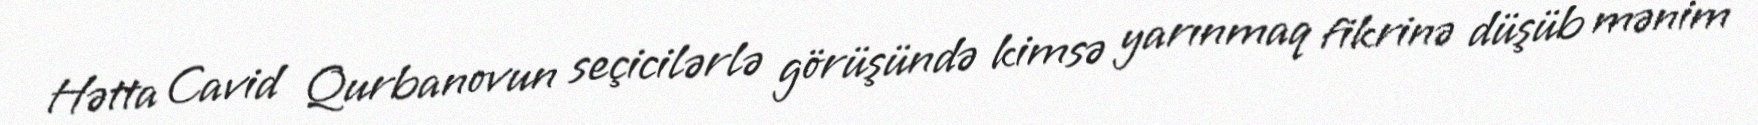
Hətta Cavid Qurbanovun seçicilərlə görüşündə kimsə yarınmaq fikrinə düşüb mənim